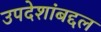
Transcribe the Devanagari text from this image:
उपदेशांबद्दल